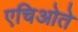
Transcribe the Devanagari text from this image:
एचिओते